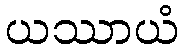
ယဿာယံ